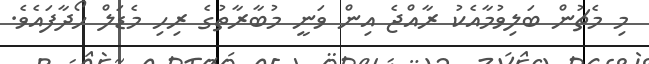
މި މެޗުން ބަލިވުމާއެކު ރާއްޖެ އިން ވަނީ މުބާރާތުގެ ރިހި މެޑަލް ހޯދާފައެވެ.